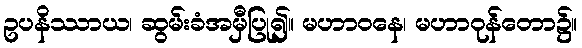
ဥပနိဿာယ၊ ဆွမ်းခံအမှီပြု၍။ မဟာဝနေ၊ မဟာဝုန်တော၌။